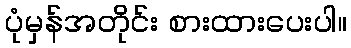
ပုံမှန်အတိုင်း စားထားပေးပါ။